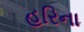
હરિના